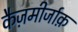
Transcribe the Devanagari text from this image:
कैज़मीर्जाक़